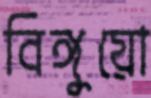
বিঙ্গুয়ো